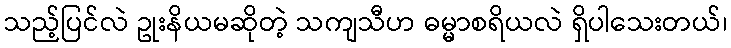
သည့်ပြင်လဲ ဥုးနိယမဆိုတဲ့ သကျသီဟ ဓမ္မာစရိယလဲ ရှိပါသေးတယ်၊